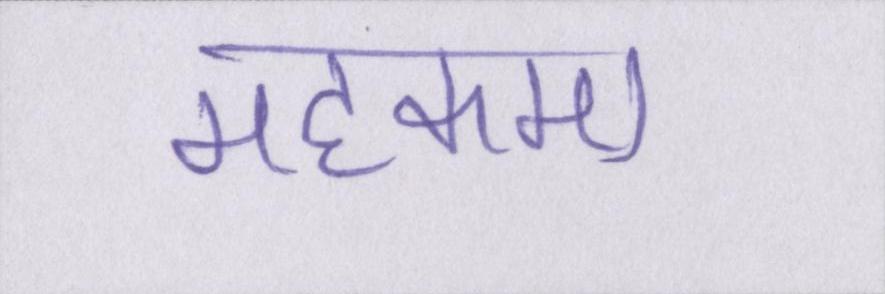
महकमा